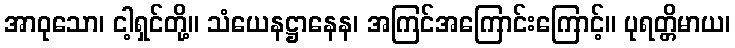
အာဝုသော၊ ငါ့ရှင်တို့။ သံယေနဋ္ဌာနေန၊ အကြင်အကြောင်းကြောင့်။ ပုရတ္တိမာယ၊